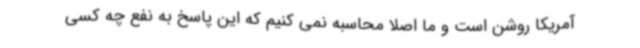
آمریکا روشن است و ما اصلا محاسبه نمی کنیم که این پاسخ به نفع چه کسی